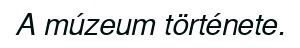
A múzeum története.